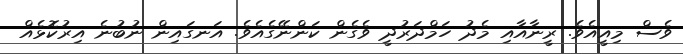
ވެސް މިއީއެވެ. ރީނާއާއި މެދު ހަމްދަރުދީ ވެގެން ކަންނޭގެއެވެ. އަނގައިން ނުބުނެ އިރުކޮޅެއް